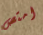
امتص